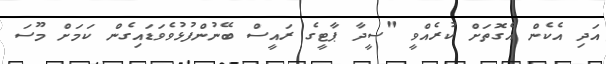
އަދި އެކެން އެގޮތަށް ކުރެއްވީ "ސީދާ ޕާޓީގެ ރައީސް ބޭނުންފުޅުވެވަޑައިގެން ކަމަށް މޫސަ